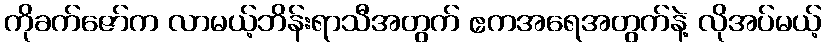
ကိုခက်ဇော်က လာမယ့်ဘိန်းရာသီအတွက် ဧကအရေအတွက်နဲ့ လိုအပ်မယ့်